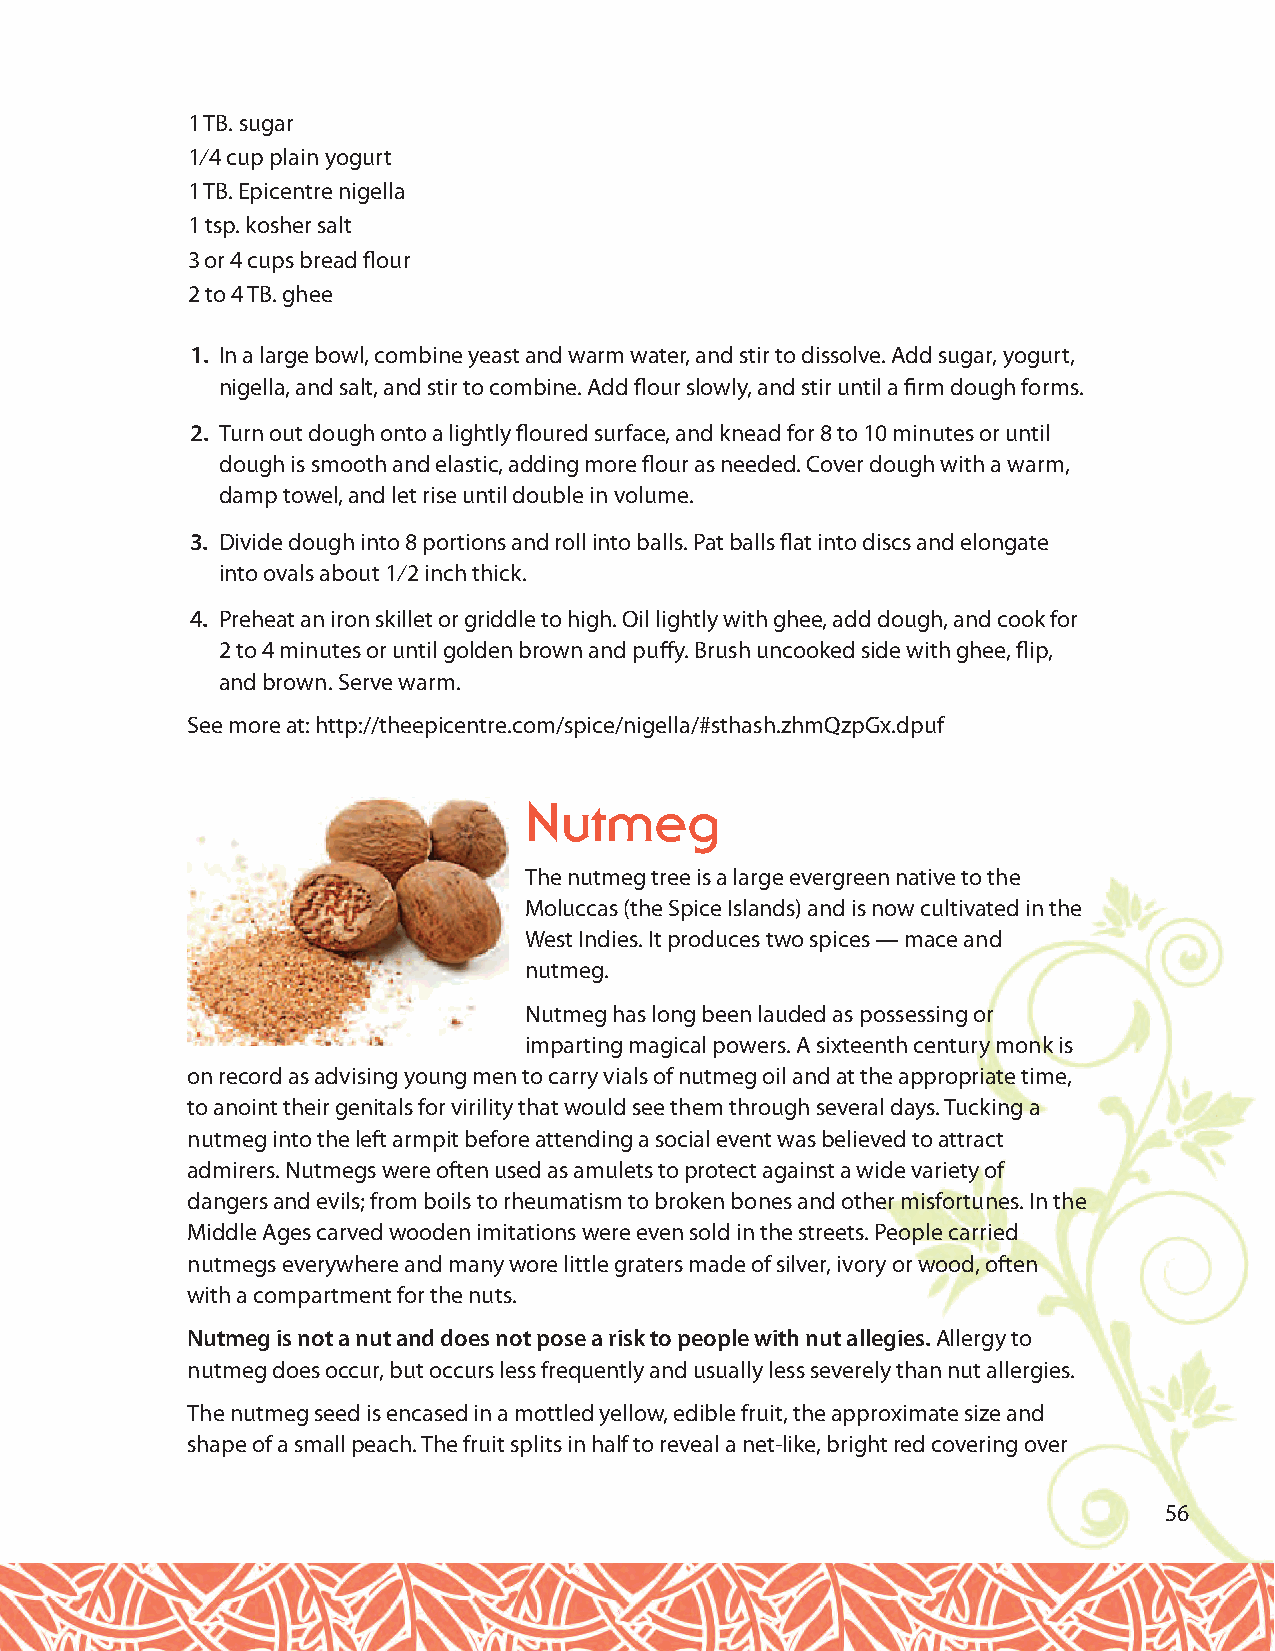
1 TB. sugar
 1⁄4 cup plain yogurt
 1 TB. Epicentre nigella
 1 tsp. kosher salt
 3 or 4 cups bread flour
 2 to 4 TB. ghee
 1. In a large bowl, combine yeast and warm water, and stir to dissolve. Add sugar, yogurt,
 nigella, and salt, and stir to combine. Add flour slowly, and stir until a firm dough forms.
 2. Turn out dough onto a lightly floured surface, and knead for 8 to 10 minutes or until
 dough is smooth and elastic, adding more flour as needed. Cover dough with a warm,
 damp towel, and let rise until double in volume.
 3. Divide dough into 8 portions and roll into balls. Pat balls flat into discs and elongate
 into ovals about 1⁄2 inch thick.
 4. Preheat an iron skillet or griddle to high. Oil lightly with ghee, add dough, and cook for
 2 to 4 minutes or until golden brown and puffy. Brush uncooked side with ghee, flip,
 and brown. Serve warm.
 See more at: http://theepicentre.com/spice/nigella/#sthash.zhmQzpGx.dpuf
 Nutmeg
 The nutmeg tree is a large evergreen native to the
 Moluccas (the Spice Islands) and is now cultivated in the
 West Indies. It produces two spices — mace and
 nutmeg.
 Nutmeg has long been lauded as possessing or
 imparting magical powers. A sixteenth century monk is
 on record as advising young men to carry vials of nutmeg oil and at the appropriate time,
 to anoint their genitals for virility that would see them through several days. Tucking a
 nutmeg into the left armpit before attending a social event was believed to attract
 admirers. Nutmegs were often used as amulets to protect against a wide variety of
 dangers and evils; from boils to rheumatism to broken bones and other misfortunes. In the
 Middle Ages carved wooden imitations were even sold in the streets. People carried
 nutmegs everywhere and many wore little graters made of silver, ivory or wood, often
 with a compartment for the nuts.
 Nutmeg is not a nut and does not pose a risk to people with nut allegies. Allergy to
 nutmeg does occur, but occurs less frequently and usually less severely than nut allergies.
 The nutmeg seed is encased in a mottled yellow, edible fruit, the approximate size and
 shape of a small peach. The fruit splits in half to reveal a net-like, bright red covering over
 56